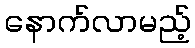
နောက်လာမည့်